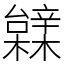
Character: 䢄